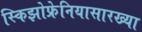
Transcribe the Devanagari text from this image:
स्किझोफ्रेनियासारख्या